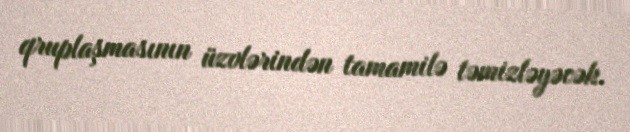
qruplaşmasının üzvlərindən tamamilə təmizləyəcək.